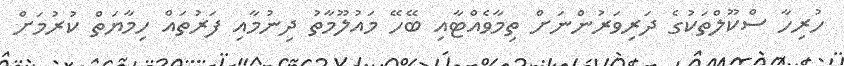
ހުރިހާ ސްކޫލްތަކުގެ ދަރިވަރުންނަށް ތިމާވެއްޓާއި ބޭހޭ މައުލޫމާތު ދިނުމާއި ފަރުތައް ހިމާޔަތް ކުރުމަށް